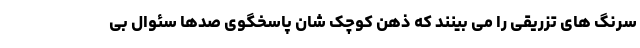
سُرنگ های تزریقی را می بینند که ذهن کوچک شان پاسخگوی صدها سئوال بی